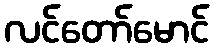
လင်တော်မောင်